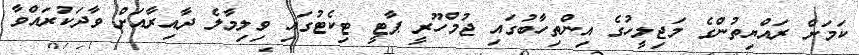
ކަމަށް ރައްޔިތުންގެ މަޖިލީހުގެ އިންތިހާބުގައި ޖުމްހޫރީ ޕާޓީ ޓިކެޓުގައި ވިލިމާލެ ދާއިރާއަށް ވާދަކުރައްވާ